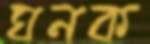
ঘনক